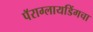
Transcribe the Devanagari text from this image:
पॅराग्लायडिंगचा